Scottish Leaving Certificate Examination, 1959
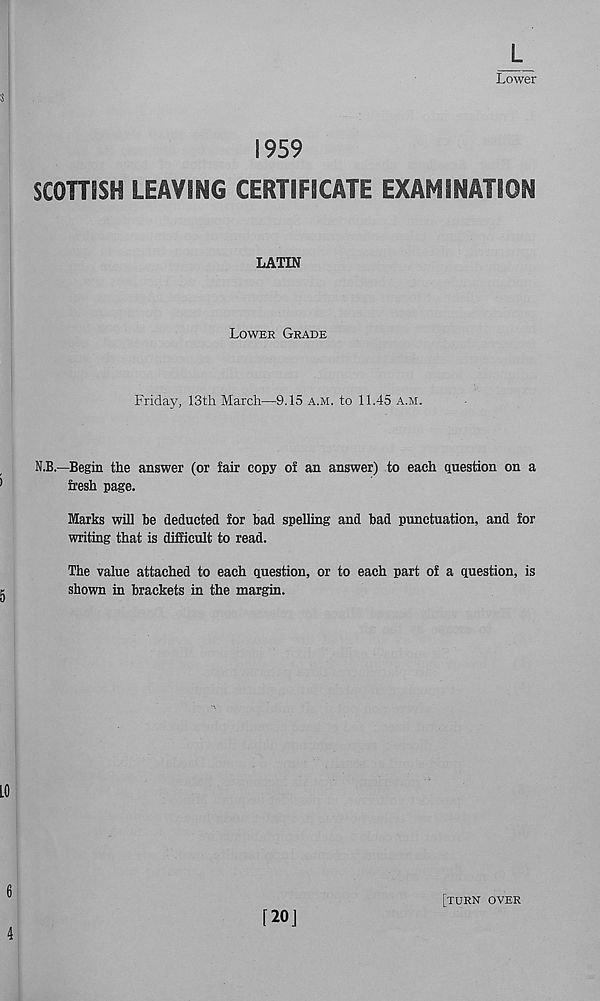
Lower
1959
SCOTTISH LEAVING CERTIFICATE EXAMINATION
LATIN
Lower Grade
Friday, 13th March—9.15 a.m. to 11.45 a.m.
N.B.—Begin the answer (or fair copy of an answer) to each question on a
fresh page.
Marks will be deducted for bad spelling and bad punctuation, and for
writing that is difficult to read.
The value attached to each question, or to each part of a question, is
shown in brackets in the margin.
[turn over